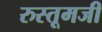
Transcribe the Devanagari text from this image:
रुस्तूमजी